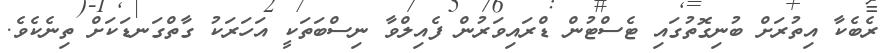
ރެބެކާ އިތުރަށް ބުނިގޮތުގައި ޓެސްޓުން ޑްރައިވަރުން ފެއިލްވާ ނިސްބަތަކީ އަހަރަކު ގާތްގަނޑަކަށް ތިނެކެވެ.